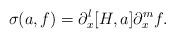
LaTeX: \begin{align*}\sigma(a,f)= \partial_x^l [H,a] \partial_x^m f.\end{align*}